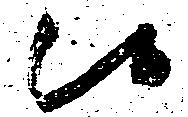
候